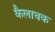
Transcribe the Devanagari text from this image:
कैलाचक